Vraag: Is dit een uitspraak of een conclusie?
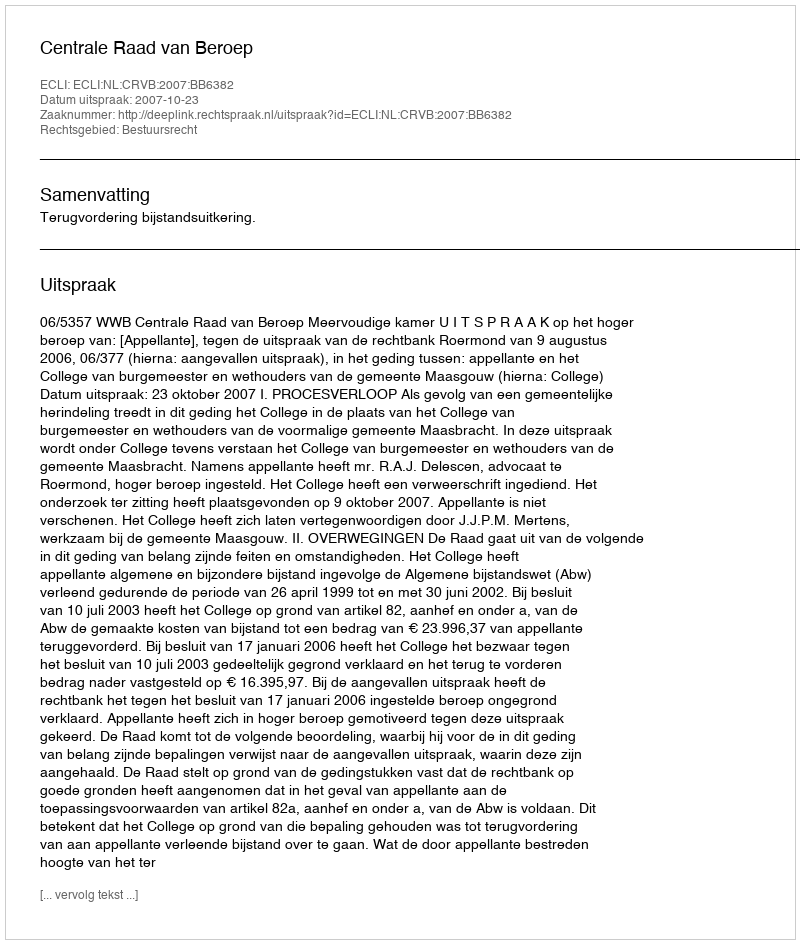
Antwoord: Uitspraak